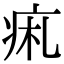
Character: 𤵦